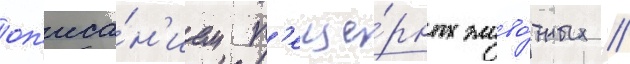
оп'иса́н'ием п'еще́рных живо́тных //